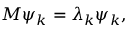
M \psi _ { k } = \lambda _ { k } \psi _ { k } ,